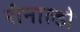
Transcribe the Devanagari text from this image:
रीनाल्डो